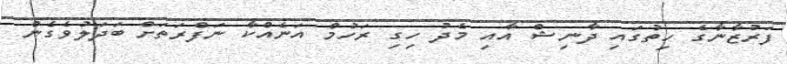
ފަރުޒާނާގެ ހިތުގައި ދާނިޝް އާއި މެދު ހިގި ރަހުމް އަނެއްކާ ނަފްރަތަށް ބަދަލުވެގެން